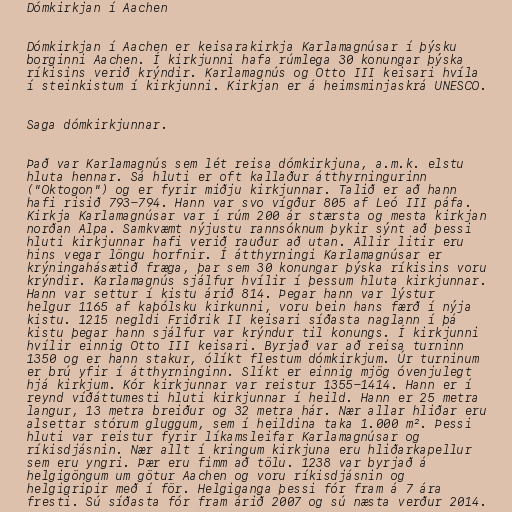
Dómkirkjan í Aachen

Dómkirkjan í Aachen er keisarakirkja Karlamagnúsar í þýsku
borginni Aachen. Í kirkjunni hafa rúmlega 30 konungar þýska
ríkisins verið krýndir. Karlamagnús og Otto III keisari hvíla
í steinkistum í kirkjunni. Kirkjan er á heimsminjaskrá UNESCO.

Saga dómkirkjunnar.

Það var Karlamagnús sem lét reisa dómkirkjuna, a.m.k. elstu
hluta hennar. Sá hluti er oft kallaður átthyrningurinn
("Oktogon") og er fyrir miðju kirkjunnar. Talið er að hann
hafi risið 793-794. Hann var svo vígður 805 af Leó III páfa.
Kirkja Karlamagnúsar var í rúm 200 ár stærsta og mesta kirkjan
norðan Alpa. Samkvæmt nýjustu rannsóknum þykir sýnt að þessi
hluti kirkjunnar hafi verið rauður að utan. Allir litir eru
hins vegar löngu horfnir. Í átthyrningi Karlamagnúsar er
krýningahásætið fræga, þar sem 30 konungar þýska ríkisins voru
krýndir. Karlamagnús sjálfur hvílir í þessum hluta kirkjunnar.
Hann var settur í kistu árið 814. Þegar hann var lýstur
helgur 1165 af kaþólsku kirkunni, voru bein hans færð í nýja
kistu. 1215 negldi Friðrik II keisari síðasta naglann í þá
kistu þegar hann sjálfur var krýndur til konungs. Í kirkjunni
hvílir einnig Otto III keisari. Byrjað var að reisa turninn
1350 og er hann stakur, ólíkt flestum dómkirkjum. Úr turninum
er brú yfir í átthyrninginn. Slíkt er einnig mjög óvenjulegt
hjá kirkjum. Kór kirkjunnar var reistur 1355-1414. Hann er í
reynd víðáttumesti hluti kirkjunnar í heild. Hann er 25 metra
langur, 13 metra breiður og 32 metra hár. Nær allar hliðar eru
alsettar stórum gluggum, sem í heildina taka 1.000 m². Þessi
hluti var reistur fyrir líkamsleifar Karlamagnúsar og
ríkisdjásnin. Nær allt í kringum kirkjuna eru hliðarkapellur
sem eru yngri. Þær eru fimm að tölu. 1238 var byrjað á
helgigöngum um götur Aachen og voru ríkisdjásnin og
helgigripir með í för. Helgiganga þessi fór fram á 7 ára
fresti. Sú síðasta fór fram árið 2007 og sú næsta verður 2014.